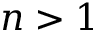
n > 1